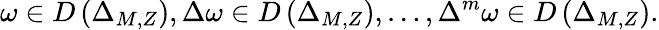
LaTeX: \omega\in D\left(\Delta_{M,Z}\right),\Delta\omega\in D\left(\Delta_{M,Z}\right),\ldots,\Delta^{m}\omega\in D\left(\Delta_{M,Z}\right).